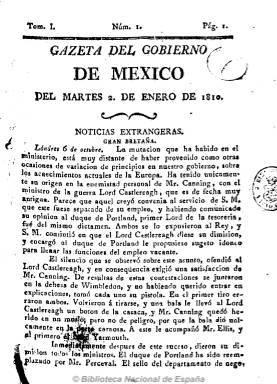
Título: Gazeta del gobierno de México
Otros títulos: Gaceta del gobierno de México || Gaceta Imperial de México || Gaceta del gobierno imperial de México || Gaceta del gobierno supremo de México || Gaceta del gobierno supremo de la Federación Mexicana || Gaceta diaria de México || Registro oficial del gobierno de los Estados Unidos Mexicanos || Telégrafo || Gazeta extraordinaria del Gobierno de México || Gaceta extraordinaria del Gobierno de México
Colección: Gacetas
Ámbito geográfico: México
Lugar de publicación: México
Fechas: 02/01/1810-09/02/1835

Como continuación de la Gazeta de México (1784-1809), que su fundador y editor, Manuel Antonio Valdés Murguía, había puesto ya en manos de la autoridad virreinal de Nueva España, el dos de enero de 1810 aparece este título, con nueva secuencia de sus tomos y números y paginación. Su editor será Alejandro Valdés Téllez de Girón, hijo del fundador, y su director y redactor, Juan López de Cancelada. La Gazeta del gobierno de México continuará siendo el periódico oficial del Virreinato, coincidiendo con el inicio de las actividades de la insurgencia en la colonia y convirtiéndose en arma ideológica y letal contra los independentistas. Ofrece noticias administrativas y oficiales de las autoridades coloniales; sucesos locales, sobre la vida católica, el movimiento portuario o ventas de productos, dedicando atención a la publicación de listas de donativos destinados a sufragar los gastos de la guerra de la independencia española. Inserta también reales órdenes y otras disposiciones, así como noticias del extranjero, partes militares y noticias concernientes a la guerra insurgente mexicana, siempre desde la óptica realista. Sus entregas, cuya frecuencia es variada pero siguen siendo de ocho páginas, aparecen ya con pie de imprenta, siendo estampadas por Juan Bautista Arizpe, que después será reemplazado por José María Benavente. Con este título la colección la integran doce tomos, hasta el 29 de septiembre de 1821, coincidiendo con el fin del virreinato y la proclamación de la independencia mexicana, aunque el último número de la colección de la Biblioteca Nacional de España es el del 23 de junio de 1816, correspondiente al número 921 del tomo VII.

Con el inicio de la implantación de las nuevas instituciones mexicanas, y convertida definitivamente la Gazeta en publicación oficial, va a ir teniendo numerosas modificaciones de su cabecera, como reflejo de los cambios institucionales y políticos que se irán produciendo, ya que cada fracción política procederá a rebautizarla al alcanzar el poder. Así, el dos de octubre de 1821, empieza el primer número, del primer tomo, de su nueva cabecera: Gazeta Imperial de México, siendo el órgano oficial del emperador Agustín de Iturbide. Cada una de sus secciones estará encabezada por el nombre del ministerio que remite las noticias y normas oficiales, insertando los bandos y decretos de las nuevas instituciones políticas monárquicas constitucionales, así como noticias del extranjero, anuncios locales, etc. Su editor es ahora Juan Lejarza y es estampada en la Imprenta Imperial de D. Alejandro Valdés, con la leyenda “Año 21, Primero de la Independencia”. Aparece tres veces a la semana, en entregas de ocho páginas, siendo la última con este título la del 18 de abril de 1822 (correspondiente al tomo II, número 24).

El 20 de abril de 1822 modifica su título a Gaceta del Gobierno Imperial de México, pero continuando la secuencia y la paginación de la anterior, primero en la misma imprenta imperial de Valdés y después en la Imprenta del Supremo Gobierno, apareciendo ahora los sábados, en entregas de cuatro páginas y compuesta a dos columnas, siendo estampado por vez primera un grabado sobre su cabecera, y así hasta el 29 de marzo de 1823 (tomo I, número 43), coincidiendo con la abdicación de Iturbide.

Siguiendo la secuencia y paginación, el uno de abril de 1823, modifica el título a: Gaceta del Gobierno Supremo de México, al tiempo que se inicia el periodo republicano, continuando como director Juan Lejarza y, después, el capitán Joaquín Miramón, siendo estampada en entregas de cuatro páginas y compuesta a dos columnas por la Imprenta del Supremo Gobierno que, después, añade la leyenda “en Palacio”, hasta el 11 de marzo de 1824 (tomo III, número 38).

Siguiendo también la secuencia y paginación de la anterior y en entregas asimismo de cuatro páginas y compuesta a dos columnas, el 13 de marzo de 1824, modifica de nuevo el título a: Gaceta del Gobierno Supremo de la Federación Mexicana, a la vez que la Imprenta del Supremo Gobierno pasará a denominarse Imprenta del Supremo Gobierno de los Estados Unidos Mexicanos, con la indicación de “en Palacio”. Y así hasta el siete de diciembre de 1824 (tomo IV, número 75).

El once de diciembre de 1824, siguiendo asimismo la secuencia y paginación de la anterior, y continuando Miramón como editor responsable, modifica el título a: Gaceta del Supremo Gobierno de la Federación Mexicana, hasta el 31 de mayo de 1825 (tomo V, número 69).

Con un nuevo plan de edición y contenidos, el uno de junio de 1825 modifica el título a: Gaceta diaria de México, con la leyenda “Primera época de la Federación”, apareciendo por primera vez con esta frecuencia, iniciando secuencia y paginación, con entregas de cuatro páginas, hasta el 30 de abril de 1826 (tomo 2º, número 121). El periódico separa sus contenidos en dos secciones: Parte oficial y Parte no oficial, continuando Miramón como director.

El dos de mayo de 1826 modifica el título a: Gaceta del Gobierno Supremo de la Federación Mexicana, con la leyenda “Paz y libertad”. Inicia también secuencia y paginación, en entregas de cuatro páginas y compuesto ahora a tres columnas, pero apareciendo tres veces a la semana (martes, jueves y sábados), estampada en la Imprenta del Supremo Gobierno. El último número con este título en la colección de la Biblioteca Nacional de España corresponde al 31 de mayo de 1827 (tomo 2º, número 66).

De nuevo la gaceta, el 22 de enero de 1830, cambia de forma y de título a: Registro Oficial del Gobierno de los Estados Unidos Mexicanos. Volverá a ser diaria, en entregas de cuatro páginas y compuesta a tres columnas, iniciando secuencia y paginación y estampada en la Imprenta del Águila, dirigida por José Ximeno, que será su editor. Con esta cabecera, que incluye el grabado del escudo oficial mexicano, se publicará hasta el diez de enero de 1833 (año 4º, tomo X, número 10), aunque en la colección de la Biblioteca Nacional de España la última entrega es del 30 de diciembre de 1832 (año 3º, tomo IX, número 121).

El once de enero de 1833, modifica de nuevo el título a: El telégrafo, acompañado con el subtítulo “periódico oficial del Gobierno de los Estados Unidos Mexicanos”. Inicia asimismo secuencia y paginación, seguirá siendo diario, con entregas de cuatro páginas y compuesto a tres columnas, en la misma imprenta del Águila, dirigida por Ximeno, hasta el nueve de febrero de 1835 (tomo VII, número 40), coincidiendo con el final de la República Federal.

A partir del diez de febrero de 1835 será continuada por: Diario del Gobierno de los Estados Unidos Mexicanos (1835-1846).

La prensa oficial mexicana de todo este periodo ha sido estudiada principalmente por Martha Celis de la Cruz y Miguel Ángel Castro. Véase también los trabajos sobre la prensa mexicana de María del Carmen Ruiz Castañeda.